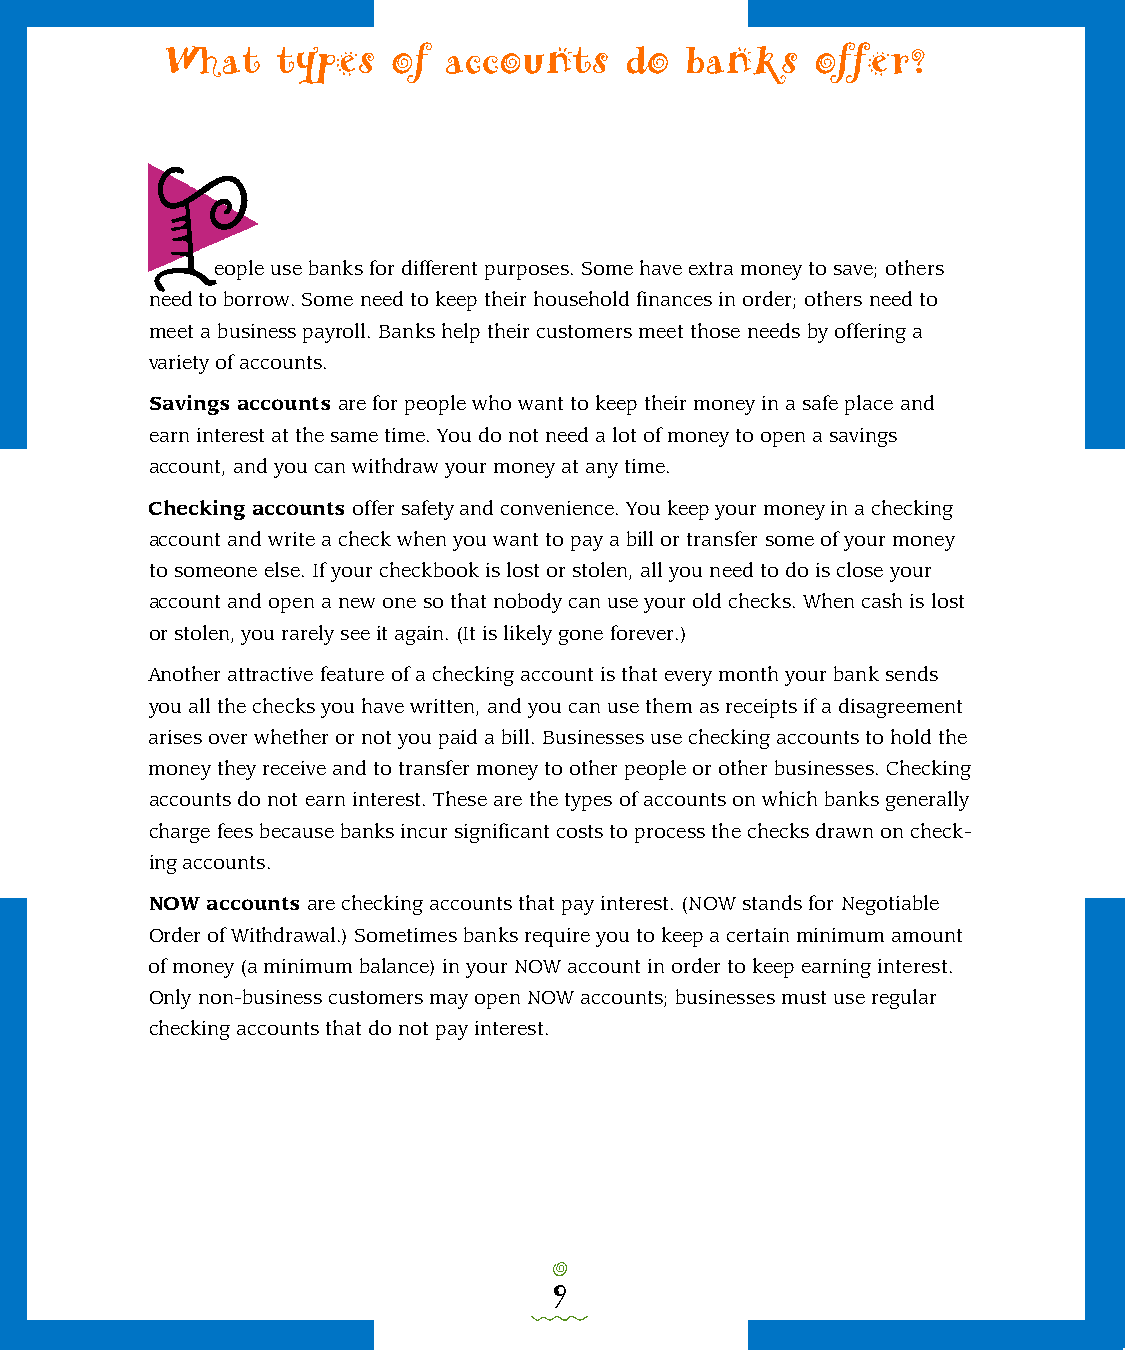
What   types   of accounts    do  banks    offer?
 P
 eople use banks for different purposes. Some have extra money to save; others
 need to borrow. Some need to keep their household finances in order; others need to
 meet a business payroll. Banks help their customers meet those needs by offering a
 variety of accounts.
 Savings accounts are for people who want to keep their money in a safe place and
 earn interest at the same time. You do not need a lot of money to open a savings
 account, and you can withdraw your money at any time.
 Checking accounts offer safety and convenience. You keep your money in a checking
 account and write a check when you want to pay a bill or transfer some of your money
 to someone else. If your checkbook is lost or stolen, all you need to do is close your
 account and open a new one so that nobody can use your old checks. When cash is lost
 or stolen, you rarely see it again. (It is likely gone forever.)
 Another attractive feature of a checking account is that every month your bank sends
 you all the checks you have written, and you can use them as receipts if a disagreement
 arises over whether or not you paid a bill. Businesses use checking accounts to hold the
 money they receive and to transfer money to other people or other businesses. Checking
 accounts do not earn interest. These are the types of accounts on which banks generally
 charge fees because banks incur significant costs to process the checks drawn on check-
 ing accounts.
 NOW accounts are checking accounts that pay interest. (NOW stands for Negotiable
 Order of Withdrawal.) Sometimes banks require you to keep a certain minimum amount
 of money (a minimum balance) in your NOW account in order to keep earning interest.
 Only non-business customers may open NOW accounts; businesses must use regular
 checking accounts that do not pay interest.
 o
 9
 0